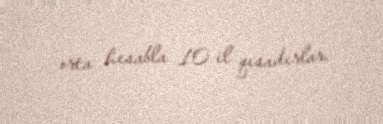
orta hesabla 10 il qısadırlar.